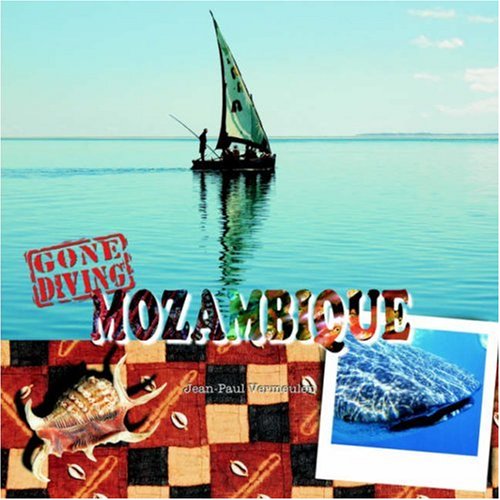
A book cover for Gone Diving Mozambique; Jean-Paul Vermeulen; Travel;